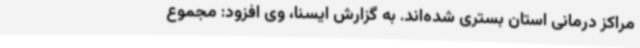
مراکز درمانی استان بستری شده‌اند. به گزارش ایسنا، وی افزود: مجموع